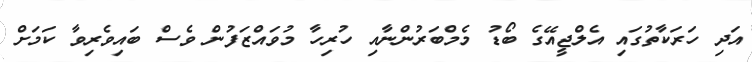
އަދި ހަރަކާތުގައި އެލްޖީއޭގެ ބޯޑު މެމްބަރުންނާއި ހުރިހާ މުވައްޒަފުން ވެސް ބައިވެރިވާ ކަމަށް